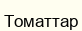
Томаттар